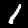
Label: 1